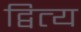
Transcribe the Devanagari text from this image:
द्वित्य